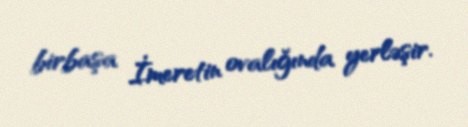
birbaşa İmeretin ovalığında yerləşir.